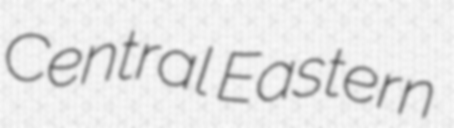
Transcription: Central Eastern